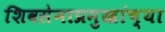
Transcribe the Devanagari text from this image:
शिवसेनाप्रमुखांच्या